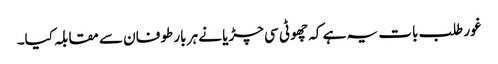
غور طلب بات یہ ہے کہ چھوٹی سی چڑیا نے ہر بار طوفان سے مقابلہ کیا۔